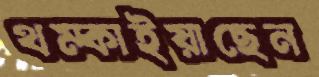
থম্‌কাইয়াছেন